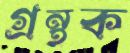
গ্রন্থক